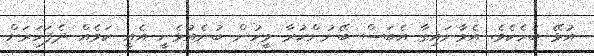
އުޅޭ ބަހެކެވެ. އެމާނައިގާ އެބަސް ބޭނުންކުރާ މީހުން ބުނެއުޅެނީ އެއީ ކަމެއް ދެފަހަރަށް